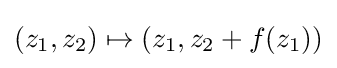
(z_{1},z_{2})\mapsto (z_{1},z_{2}+f(z_{1}))